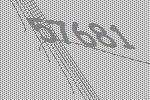
57681